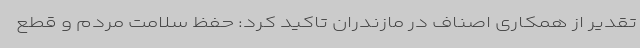
تقدیر از همکاری اصناف در مازندران تاکید کرد: حفظ سلامت مردم و قطع